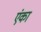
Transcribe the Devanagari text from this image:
एंका